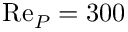
\mathrm { R e } _ { P } = 3 0 0